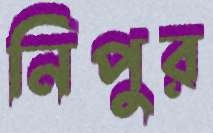
নিপুর